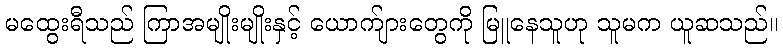
မထွေးရီသည် ကြာအမျိုးမျိုးနှင့် ယောက်ျားတွေကို မြူနေသူဟု သူမက ယူဆသည်။